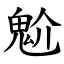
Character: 魀